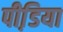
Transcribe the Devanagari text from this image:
पीडि़या